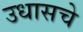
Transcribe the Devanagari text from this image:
उधासचे